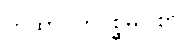
တထာဂတပစ္ဆိမဝါစာ